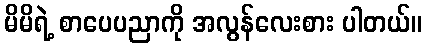
မိမိရဲ့ စာပေပညာကို အလွန်လေးစား ပါတယ်။